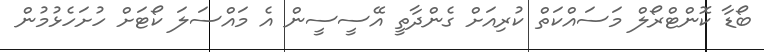
ބޯޑާ ކޮންޓްރޯލް މަސައްކަތް ކުރިއަށް ގެންދާތީ އޭސީސީން އެ މައްސަލަ ކޯޓަށް ހުށަހެޅުމުން